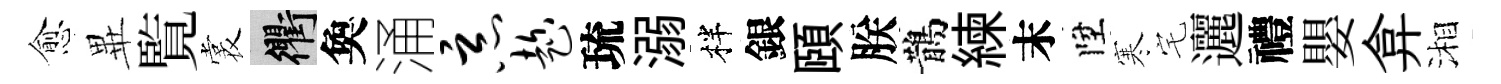
愈𭺾覧裳衢奐涌恶趁琉溺柈銀頤朕鵲練末陞寒宅邐禮嬰弇湘